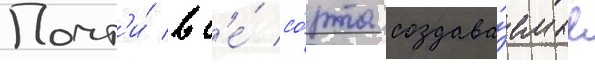
Почт'и́ вс'е́ со́рта создава́емые